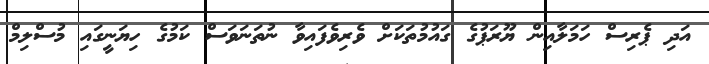
އަދި ޕެރިސް ހަމަލާއިން ޔޫރަޕުގެ ގައުމުތަކަށް ވެރިވެފައިވާ ނުތަނަވަސް ކަމުގެ ހިޔަނީގައި މުސްލިމް